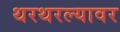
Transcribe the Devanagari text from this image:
थरथरल्यावर